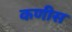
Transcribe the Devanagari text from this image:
कणीस